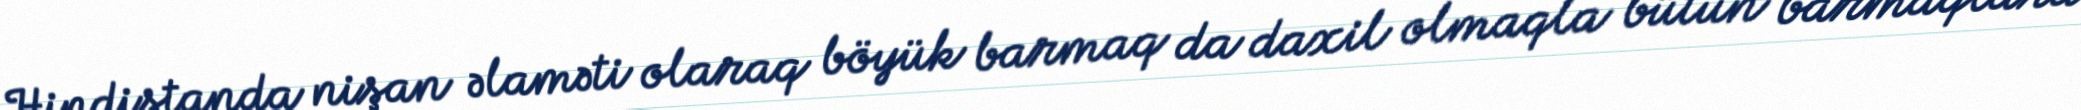
Hindistanda nişan əlaməti olaraq böyük barmaq da daxil olmaqla bütün barmaqlara